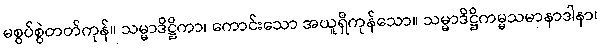
မစွပ်စွဲတတ်ကုန်။ သမ္မာဒိဋ္ဌိကာ၊ ကောင်းသော အယူရှိကုန်သော။ သမ္မာဒိဋ္ဌိကမ္မသမာနာဒါနာ၊